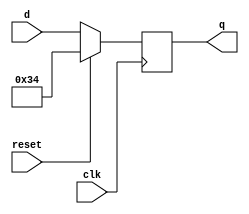
module top_module (
    input clk,
    input reset,
    input [7:0] d,
    output [7:0] q
);
    always @ (negedge clk) begin
        //this is an active high  synchronous reset
        if (reset==1'b1) q<=8'h34;
        else q <= d;
    end
endmodule